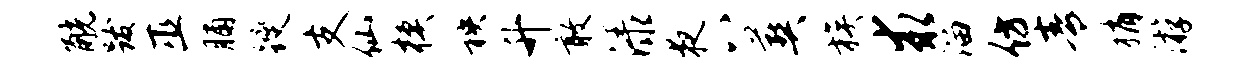
觥跋巫脯躞支仙模秧升敢渌夜八葬族求溜仿青稍游